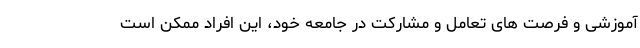
آموزشی و فرصت های تعامل و مشارکت در جامعه خود، این افراد ممکن است